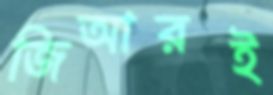
জিআরই